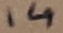
Text: 14